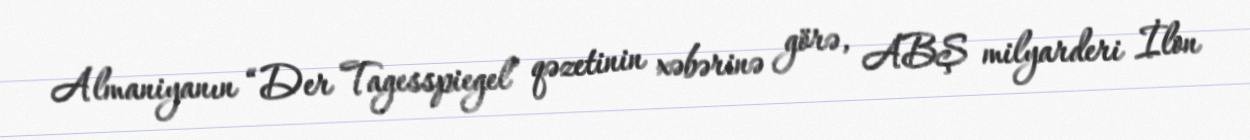
Almaniyanın “Der Tagesspiegel” qəzetinin xəbərinə görə, ABŞ milyarderi İlon